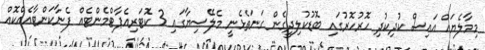
މިމާލެޔައް އައިސް ކުދިކުދި ހޮރުހޮރުގައި ބޮޑުކުލިދީގެން ގަނަތެޅެނީ މެލޭސިޔާގައި 3 ކޮޓަރިއެޕާޓްމެންޓެއް ފެނާކަންޓާއެއްކޮއް